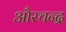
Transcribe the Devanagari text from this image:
औरचन्द्र